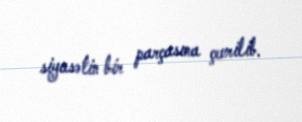
siyasətin bir parçasına çevrilib.